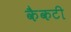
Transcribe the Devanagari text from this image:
कैकटी